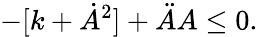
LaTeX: -[k+\dot{A}^{2}]+\ddot{A}A\leq 0.